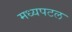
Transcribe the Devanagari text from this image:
मध्यपटल